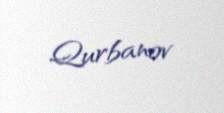
Qurbanov